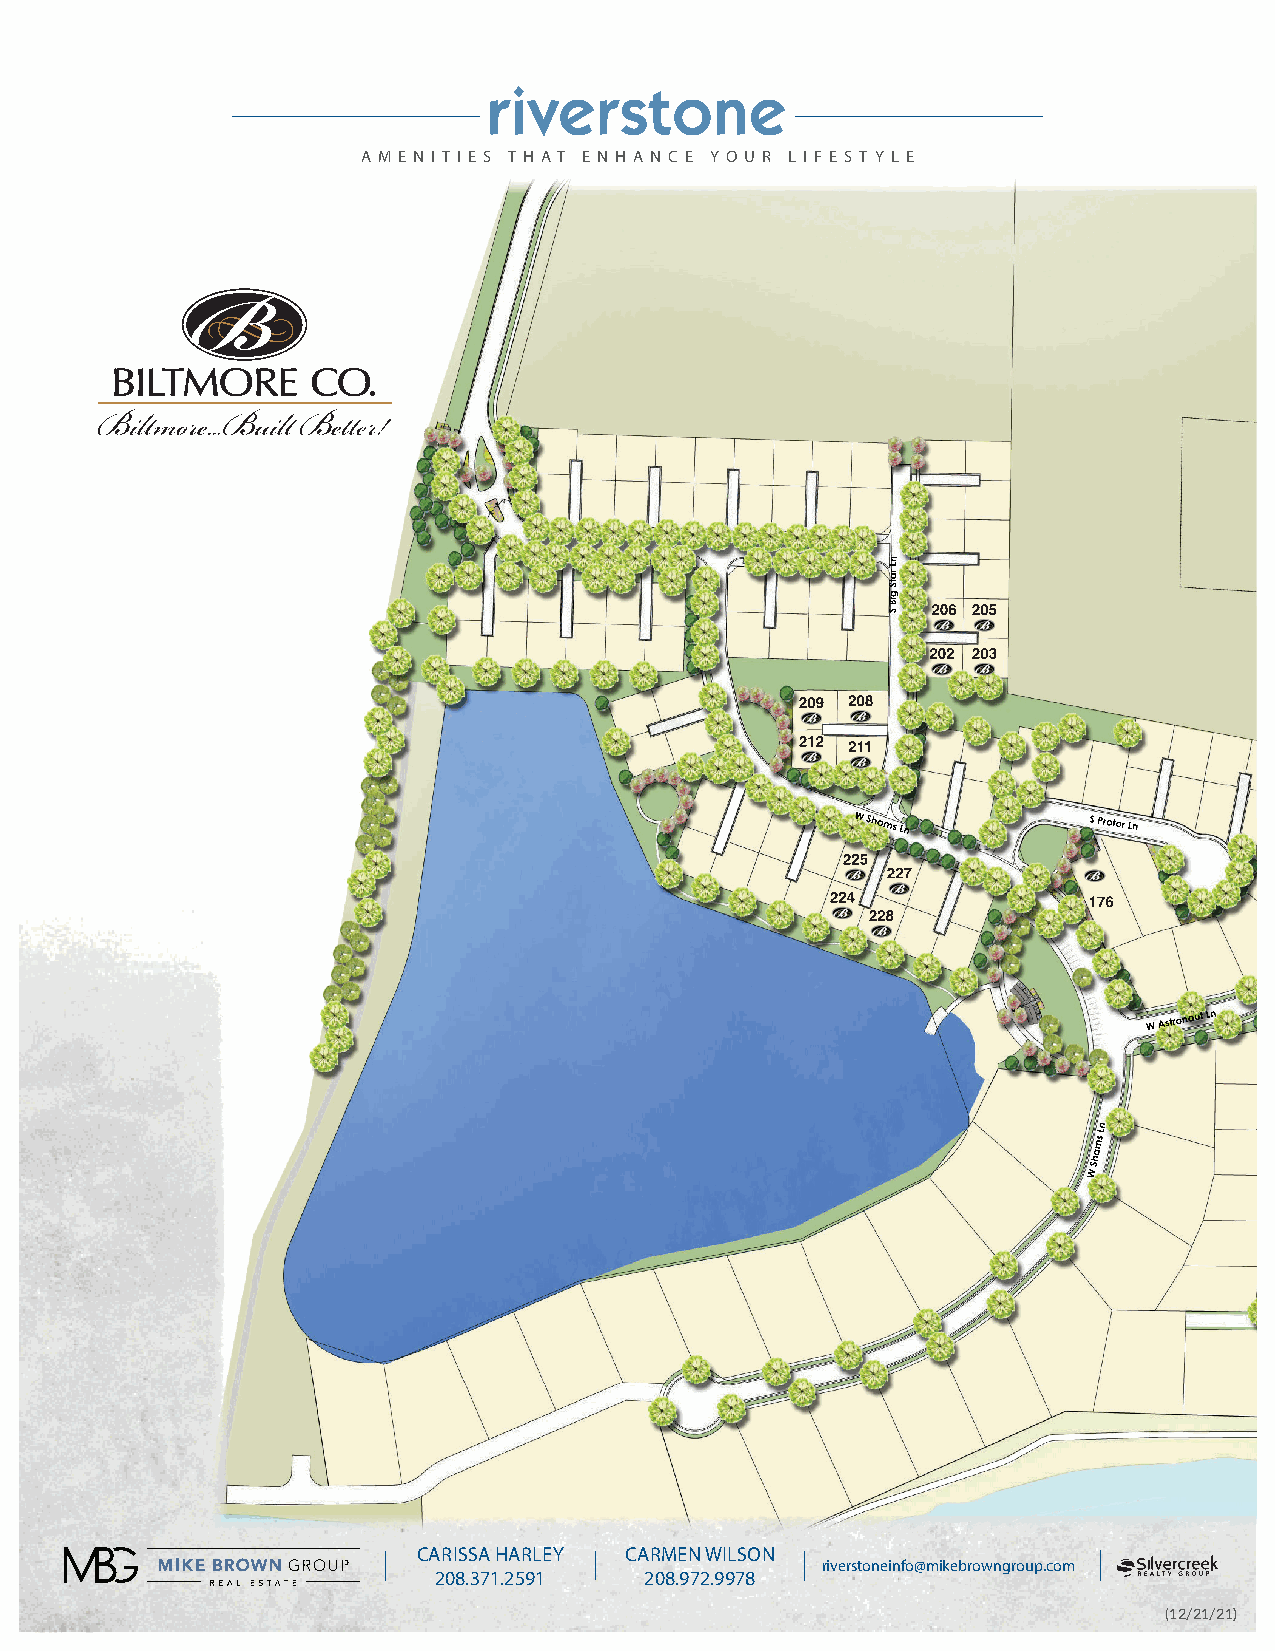
A M E N I T I E S T H AT E N H A N C E Y O U R L I F E S T Y L E
 ar
 Ln
 g
 St
 S
 Bi
 206 205
 202 203
 209 208
 212 211
 W Shams Ln     S Protor Ln
 225
 227
 224              176
 228
 W
 Astronaut Ln
 ms
 Ln
 a
 W
 Sh
 CARISSA HARLEY CARMEN WILSON
 riverstoneinfo@mikebrowngroup.com
 208.371.2591  208.972.9978
 (12/21/21)